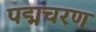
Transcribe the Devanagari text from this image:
पद्मचरण